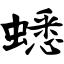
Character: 蟋